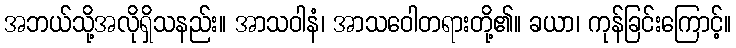
အဘယ်သို့အလိုရှိသနည်း။ အာသဝါနံ၊ အာသဝေါတရားတို့၏။ ခယာ၊ ကုန်ခြင်းကြောင့်။